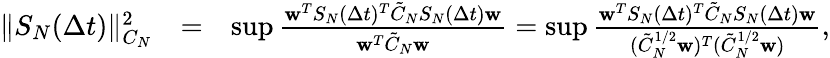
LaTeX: \begin{array}{rlr}{\| S_{N}(\Delta t)\| _{C_{N}}^{2}}&{=}&{\operatorname*{sup}\frac{{\mathbf w}^{T}S_{N}(\Delta t)^{T}\tilde{C}_{N}S_{N}(\Delta t){\mathbf w}}{{\mathbf w}^{T}\tilde{C}_{N}{\mathbf w}}=\operatorname*{sup}\frac{{\mathbf w}^{T}S_{N}(\Delta t)^{T}\tilde{C}_{N}S_{N}(\Delta t){\mathbf w}}{(\tilde{C}_{N}^{1/2}{\mathbf w})^{T}(\tilde{C}_{N}^{1/2}{\mathbf w})},}\end{array}